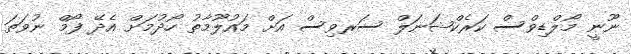
ނޫނީ މޯލްޑިވްސް ކަރެކްޝަނަލް ސަރވިސް އަށް މައުލޫމާތު ހޯދުމަށް އެދޭ ފޯމް ނުވަތަ